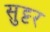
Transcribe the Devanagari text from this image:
सुट्टर